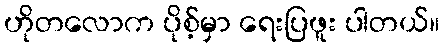
ဟိုတလောက ပိုစ့်မှာ ရေးပြဖူး ပါတယ်။